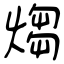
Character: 煼